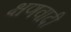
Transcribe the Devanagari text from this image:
क्षणवादी